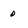
Character: 0